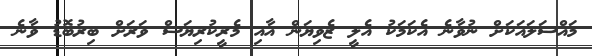
މައްސަލައަކަށް ނުވާނެ އެކަމަކު އެލީ ޒެވިޔަން އާއި މެރީކުރިޔަސް ވަރަށް ބިރުބޮޑު ވާނެ